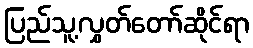
ပြည်သူ့လွှတ်တော်ဆိုင်ရာ